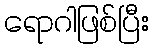
ရောဂါဖြစ်ပြီး